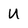
Character: U